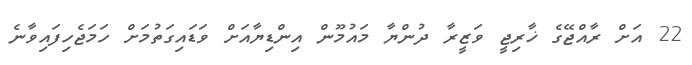
22 އަށް ރާއްޖޭގެ ޚާރިޖީ ވަޒީރާ ދުންޔާ މައުމޫން އިންޑިޔާއަށް ވަޑައިގަތުމަށް ހަމަޖެހިފައިވާނެ